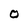
Character: O